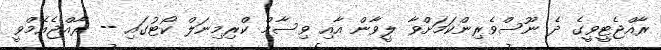
ރާއްޖެޓީވީގެ ދެ ނޫސްވެރިންކަމަށްވާ ލީވާން އާއި ވިސާމް ކްރިމިނަލް ކޯޓުގައި -- ރާއްޖެއެމްވީ